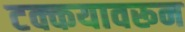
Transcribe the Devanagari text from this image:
टक्कयावरून